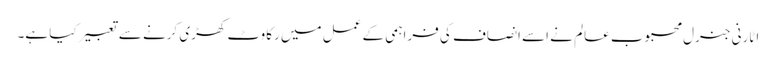
اٹارنی جنرل محبوب عالم نے اِسے انصاف کی فراہمی کے عمل میں رکاوٹ کھڑی کرنے سے تعبیر کیا ہے۔